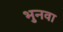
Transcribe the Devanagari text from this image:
भुनवा